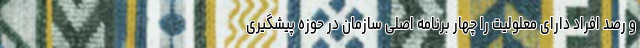
و رصد افراد دارای معلولیت را چهار برنامه اصلی سازمان در حوزه پیشگیری